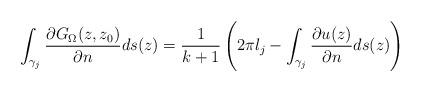
LaTeX: \begin{align*}\int_{\gamma_j}\frac{\partial G_{\Omega}(z,z_0)}{\partial n}ds(z)=\frac{1}{k+1}\left(2\pi l_j-\int_{\gamma_j}\frac{\partial u(z)}{\partial n}ds(z)\right)\end{align*}